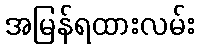
အမြန်ရထားလမ်း